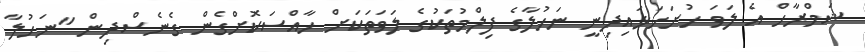
ޝަމްރާހް އެ ލަވަ ހުށަހަޅައިދިނީ ނަހުލާގެ ފިލްމުތަކުގެ ލަވަތަކަށް ހާއްސަކޮށްގެން ގެނެސްދިން "ނަހުލާ